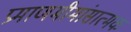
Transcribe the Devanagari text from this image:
प्रमाणमीमांसात्मक